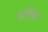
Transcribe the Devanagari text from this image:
स्रविष्ठ